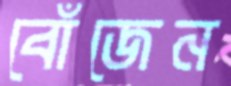
বোঁজেন